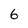
Character: 6